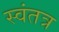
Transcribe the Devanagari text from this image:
स्‍वंतत्र